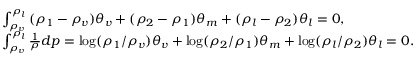
\begin{array} { l } { \int _ { { \rho _ { v } } } ^ { { \rho _ { l } } } { ( { \rho _ { 1 } } - { \rho _ { v } } ) { \theta _ { v } } + ( { \rho _ { 2 } } - { \rho _ { 1 } } ) } { \theta _ { m } } + ( { \rho _ { l } } - { \rho _ { 2 } } ) { \theta _ { l } } = 0 , } \\ { \int _ { { \rho _ { v } } } ^ { { \rho _ { l } } } { \frac { 1 } { \rho } d p = \log ( } { \rho _ { 1 } } / { \rho _ { v } } ) { \theta _ { v } } + \log ( { \rho _ { 2 } } / { \rho _ { 1 } } ) { \theta _ { m } } + \log ( { \rho _ { l } } / { \rho _ { 2 } } ) { \theta _ { l } } = 0 . } \end{array}